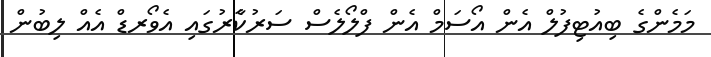
މަމެންގެ ބިއުޓިފުލް އެން އޯސަމް އެން ފްލޯލެސް ސަރުކާެރުގައި އެވޯރޑް އެއް ލިބުން